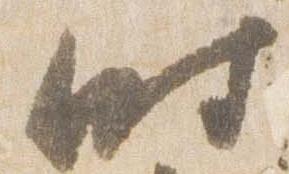
時